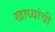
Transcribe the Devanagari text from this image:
खाध्यांची